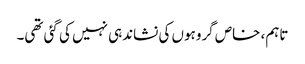
تاہم، خاص گروہوں کی نشاندہی نہیں کی گئی تھی۔